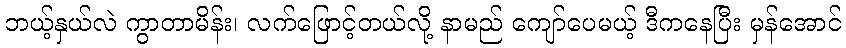
ဘယ့်နှယ်လဲ ကွာတာမိန်း၊ လက်ဖြောင့်တယ်လို့ နာမည် ကျော်ပေမယ့် ဒီကနေပြီး မှန်အောင်